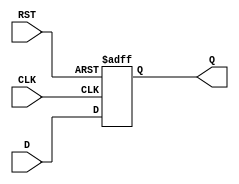
/*
	N-bit D-FF posedge clk, negedge rst
*/

module DFF_N #(parameter WIDTH = 8) (CLK, RST, D, Q);

	input CLK, RST;
	input [WIDTH-1:0] D;
	output reg [WIDTH-1:0] Q;
	
	always @ (posedge CLK, negedge RST) begin
		if (~RST) begin
			Q <= 0;
		end else begin
			Q <= D;
		end			
	end
	
endmodule